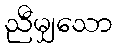
ညီမျှသော